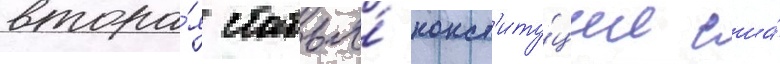
втора́я статья́ конст'иту́ции сша́